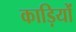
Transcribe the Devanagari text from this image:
काड़ियों